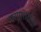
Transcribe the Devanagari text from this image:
परामशर्दाता